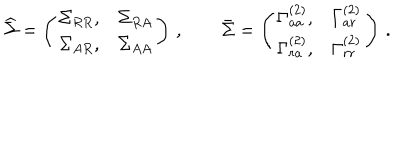
{ \widehat \Sigma } = \left( \begin{array} { c c } { { \Sigma _ { R R } , } } & { { \Sigma _ { R A } } } \\ { { \Sigma _ { A R } , } } & { { \Sigma _ { A A } } } \\ \end{array} \right) \, , \qquad { \bar { \Sigma } } = \left( \begin{array} { c c } { { \Gamma _ { a a } ^ { ( 2 ) } , } } & { { \Gamma _ { a r } ^ { ( 2 ) } } } \\ { { \Gamma _ { r a } ^ { ( 2 ) } , } } & { { \Gamma _ { r r } ^ { ( 2 ) } } } \\ \end{array} \right) \, .